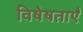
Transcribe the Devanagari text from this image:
विषेषताएँ